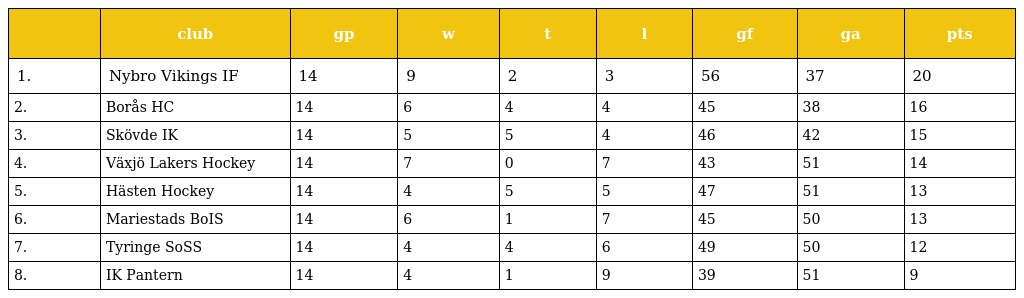
|  | club | gp | w | t | l | gf | ga | pts |
 | --- | --- | --- | --- | --- | --- | --- | --- | --- |
 | 1. | Nybro Vikings IF | 14 | 9 | 2 | 3 | 56 | 37 | 20 |
 | 2. | Borås HC | 14 | 6 | 4 | 4 | 45 | 38 | 16 |
 | 3. | Skövde IK | 14 | 5 | 5 | 4 | 46 | 42 | 15 |
 | 4. | Växjö Lakers Hockey | 14 | 7 | 0 | 7 | 43 | 51 | 14 |
 | 5. | Hästen Hockey | 14 | 4 | 5 | 5 | 47 | 51 | 13 |
 | 6. | Mariestads BoIS | 14 | 6 | 1 | 7 | 45 | 50 | 13 |
 | 7. | Tyringe SoSS | 14 | 4 | 4 | 6 | 49 | 50 | 12 |
 | 8. | IK Pantern | 14 | 4 | 1 | 9 | 39 | 51 | 9 |